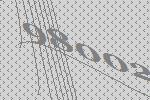
98002